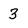
Character: 3